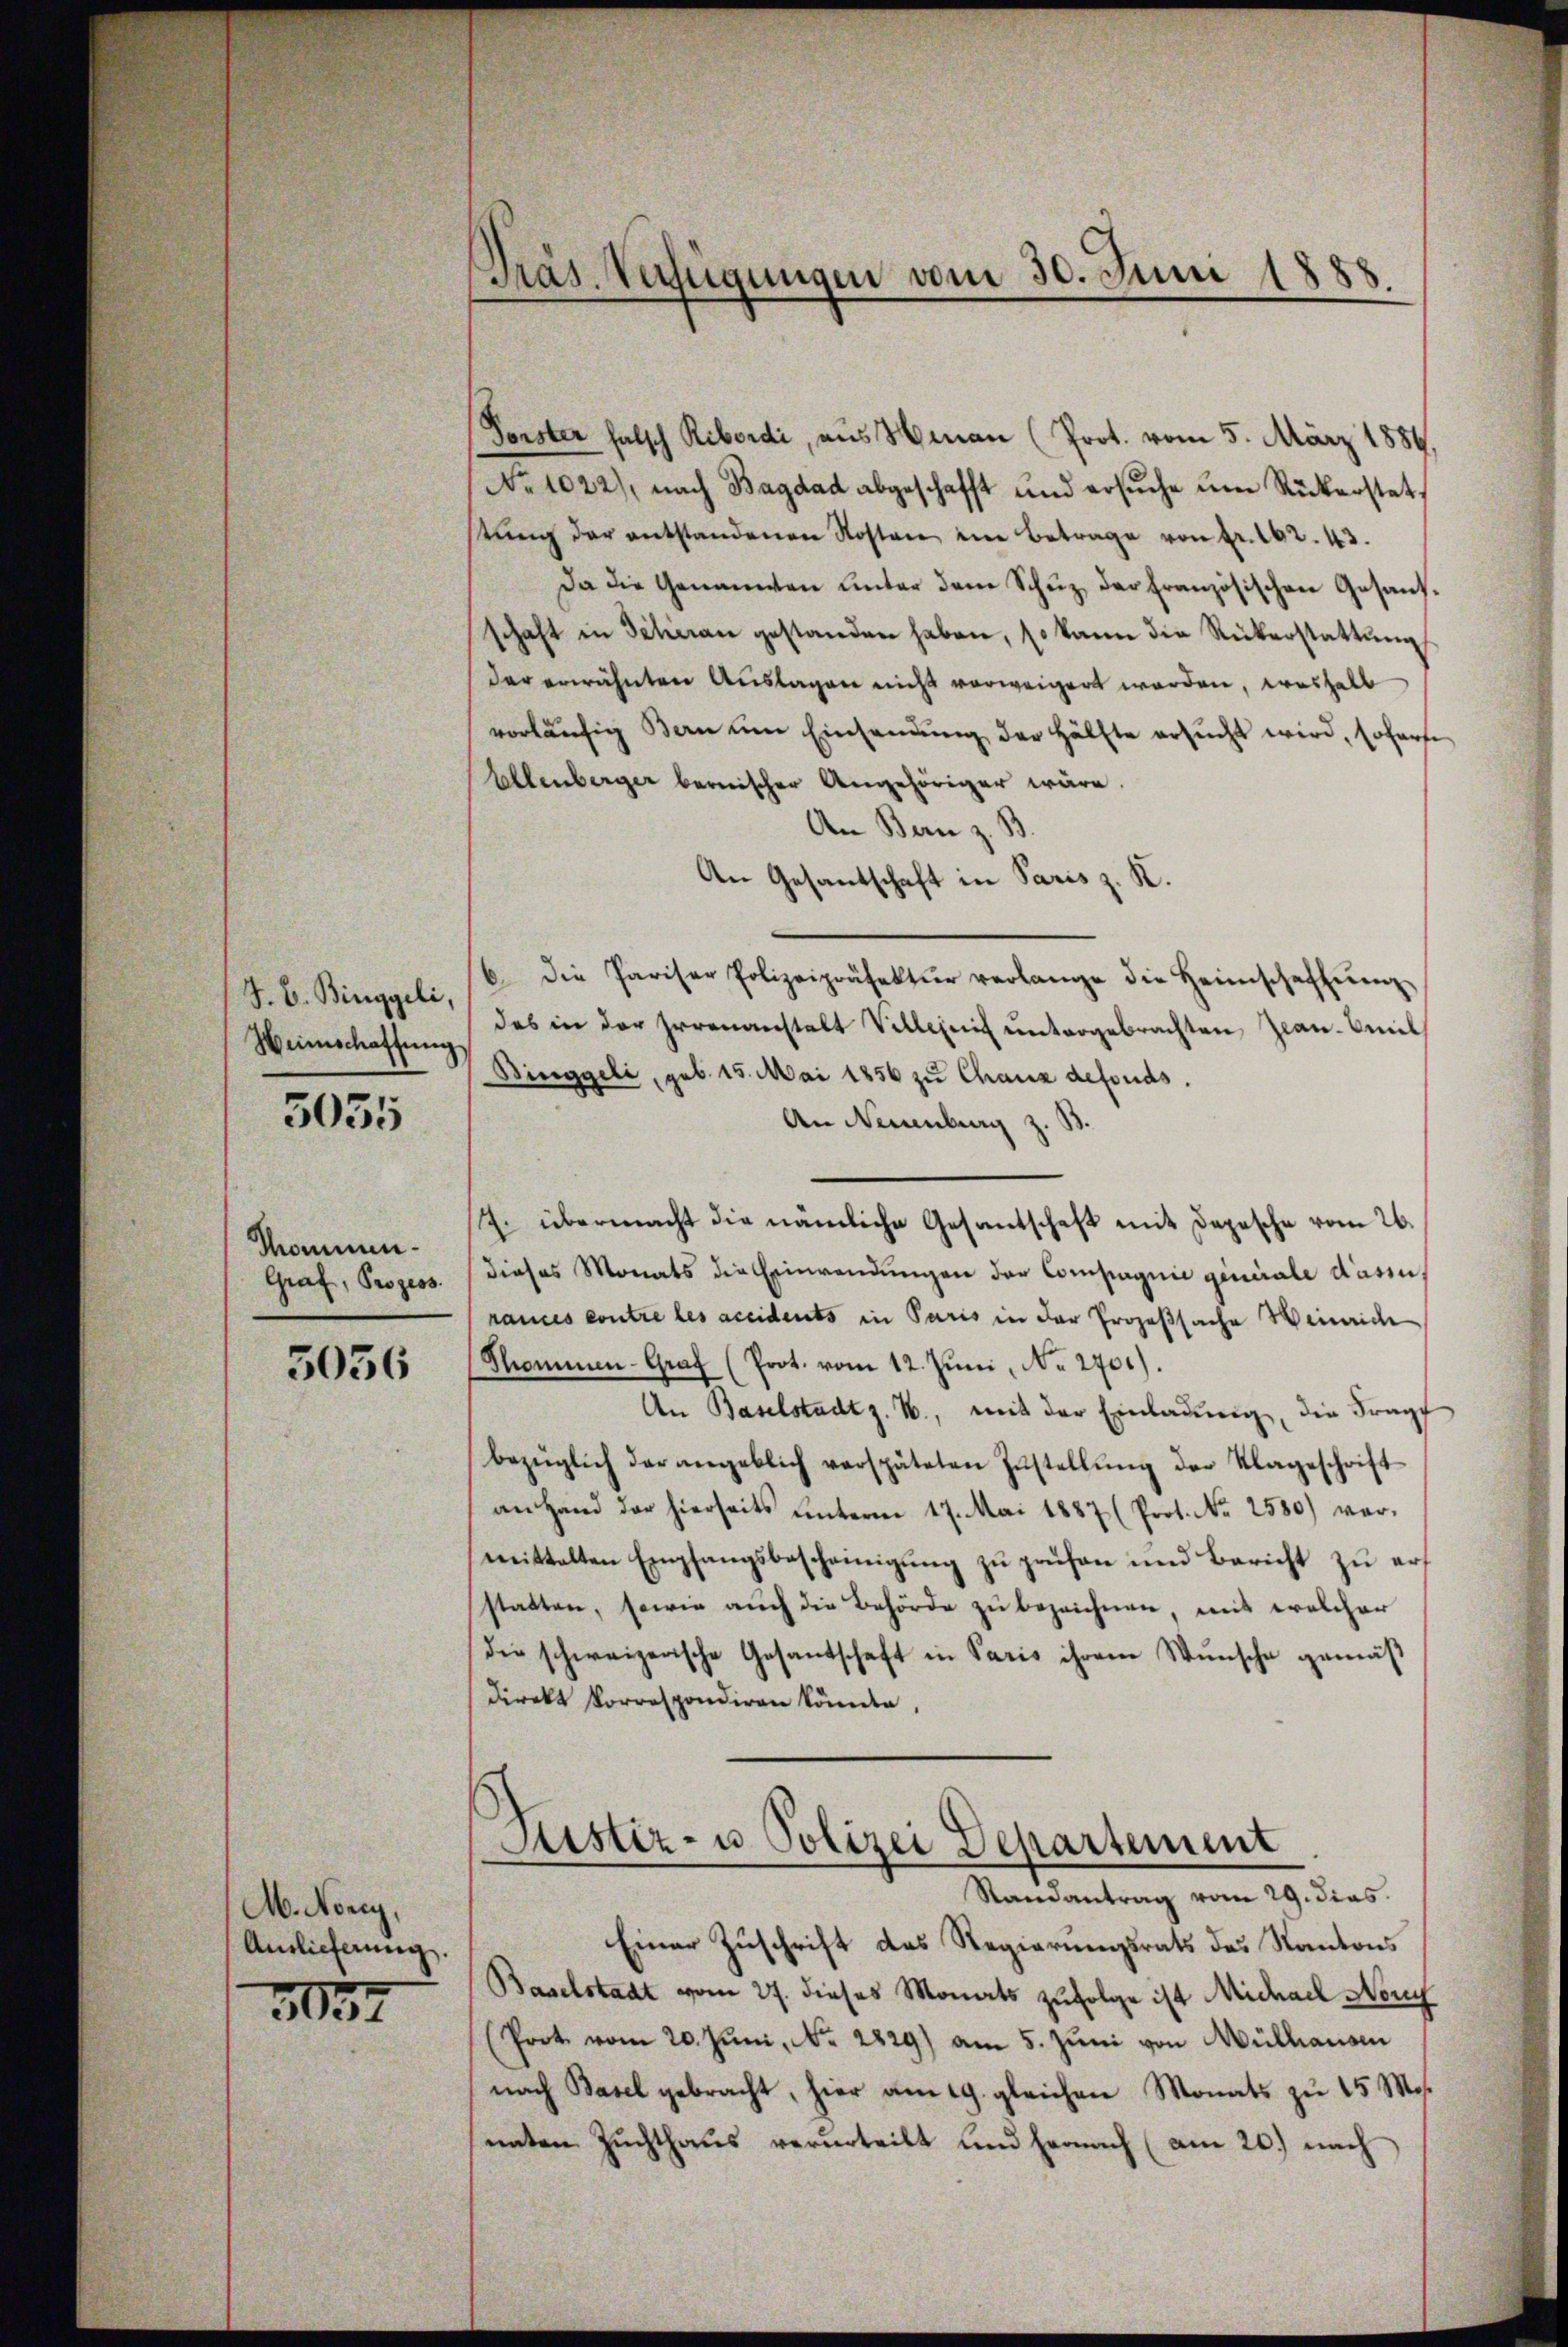
J. C. Binggeli,
Weinschaftung

3035

Mommun¬
Graf, Prozess

5056

A. Norey,
Auslieferung.

3037

Präs. Verfügungen vom 30. Juni 1888.

Forster falsch Ribordi, aus Hinau (Prot. vom 5. März 1886,
No 1022), nach Bagdad abgeschafft und ersŭche ŭm Rückerstatstŭng der entstandenen Kosten eine Betrage von fr. 162. 43.
Da die Genannten unter dem Schŭz, der französischen Gesandschaft in Schieran gestanden haben, so kann die Rükerstattŭng
der erwähnten Auslagen nicht vorweigert worden, weshalb
vorläŭfig Bern ŭm Einsamung der Hälfte ersŭcht wird, soforte
Ellenberger bernischer Angehöriger wäre.
An Bern z. B.
An Gesantschaft in Paris z. K.
6 die Pariser Polizeipräsektŭr verlange die Heimschaffŭng
des in der Irrenanstalt Villen untergebrachten Zwan. Emil
Dinggeli, geb. 15. Mai 1856 zu Chaux defonds.
An Neuenburg z. B.
7. übermacht die nämliche Gesantschaft mit Depesche vom 26.
dieses Monats die Einwendungen der Compagnie geniale Kasin,
rances contre les accidents in Paris in der Prozeßsache Weinrich
Thommen-Graf (Prot. vom 12. Jŭni, No. 2701).
An Baselstadt z. B., mit der Einladung, die Frage
bezüglich der angeblich verspäteten Zustellŭng der Klageschrift
an Hand der hierseits unterm 17. Mai 1887 (Prot. Nr. 2580) vormittalten Empfangsbescheinigung zu prüfen und Bericht zu erf
statten, sowie aŭch die Behörde zŭ bezeichnen, mit welcher
die schweizerische Gesandschaft in Paris ihrem Wunsche gemäβ
direkt Korrespondiren könnte,
Justiz- u Polizei Departement
Randantrag vom 29. dies
Einer Zuschrift des Regierungsrats des Kantons
Baselstadt vom 27. dieses Monats zufolge ist Michael Neug
(Prot vom 20. Jŭni, No. 2829) am 5. Jŭni von Mülhausen
nach Basel gebracht, hier am 19. gleichen Monats zu 15 Mos.
unten Zuchthaus verurteilt und hernach (am 20.) nach